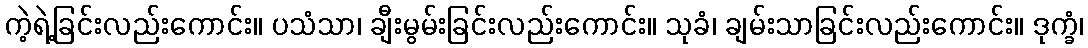
ကဲ့ရဲ့ခြင်းလည်းကောင်း။ ပသံသာ၊ ချီးမွမ်းခြင်းလည်းကောင်း။ သုခံ၊ ချမ်းသာခြင်းလည်းကောင်း။ ဒုက္ခံ၊